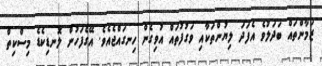
ޒަމާންތައް ބަދަލުވެ އެފަދަ ލިޔުންތަކާއި ވަގުފުތައް އުވިގެން ހިނގައްޖެއެވެ. އޭގެފަހުން ލޮނޑިކެޑެ މިސްކިތް